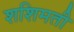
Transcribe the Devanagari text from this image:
शशिमती